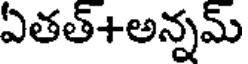
ఏతత్+అన్నమ్